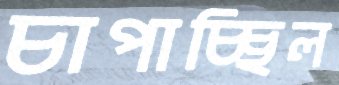
চাপাচ্ছিল